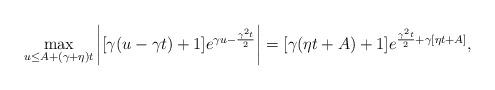
LaTeX: \begin{align*} \max_{u\le A+(\gamma+\eta)t} \left| [\gamma(u-\gamma t)+1] e^{\gamma u-\frac{\gamma^2 t}{2}}\right| =[\gamma (\eta t+A)+1] e^{\frac{\gamma^2 t}{2}+\gamma[\eta t+A]},\end{align*}